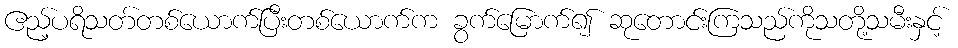
ဧည့်ပရိသတ်တစ်ယောက်ပြီးတစ်ယောက်က ခွက်မြောက်၍ ဆုတောင်းကြသည်ကိုသတို့သမီးနှင့်